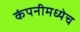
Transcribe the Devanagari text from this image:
कंपनीमध्येच